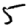
Digit: 5